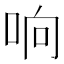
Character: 响